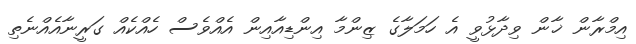
އިމްރާން ޚާން ވިދާޅުވީ އެ ހަމަލާގެ ޒިންމާ އިންޑިއާއިން އެއްވެސް ހެއްކެއް ގަރީނާއެއްނެތި